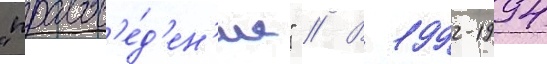
"правов'е́д'ен'ие" // В 1992-1994